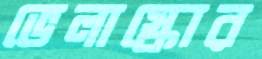
ভেলাস্কোর